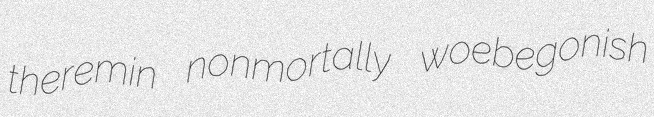
theremin nonmortally woebegonish